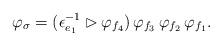
LaTeX: \begin{align*}\varphi_{\sigma} = (\epsilon_{e_1}^{-1} \rhd \varphi_{f_4}) \, \varphi_{f_3}\, \varphi_{f_2}\, \varphi_{f_1}.\end{align*}